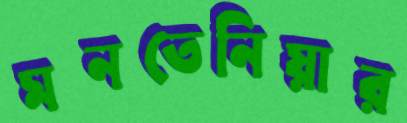
মনতেনিয়ার